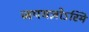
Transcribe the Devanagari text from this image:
जपयज्ञोऽस्मि